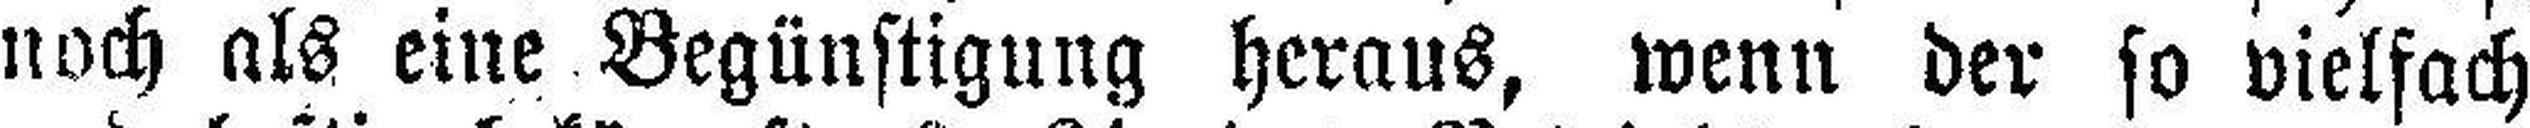
noch als eine Begünstigung heraus, wenn der so vielfach